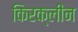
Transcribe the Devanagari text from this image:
किरक्लीन